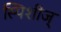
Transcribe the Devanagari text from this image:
स्पिशीज्‌